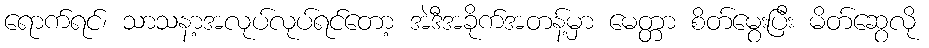
ရောက်ရင်၊ သာသနာ့အလုပ်လုပ်ရင်တော့ အဲဒီအခိုက်အတန့်မှာ မေတ္တာ စိတ်မွေးပြီး မိတ်ဆွေလို